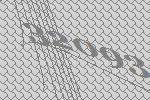
32093